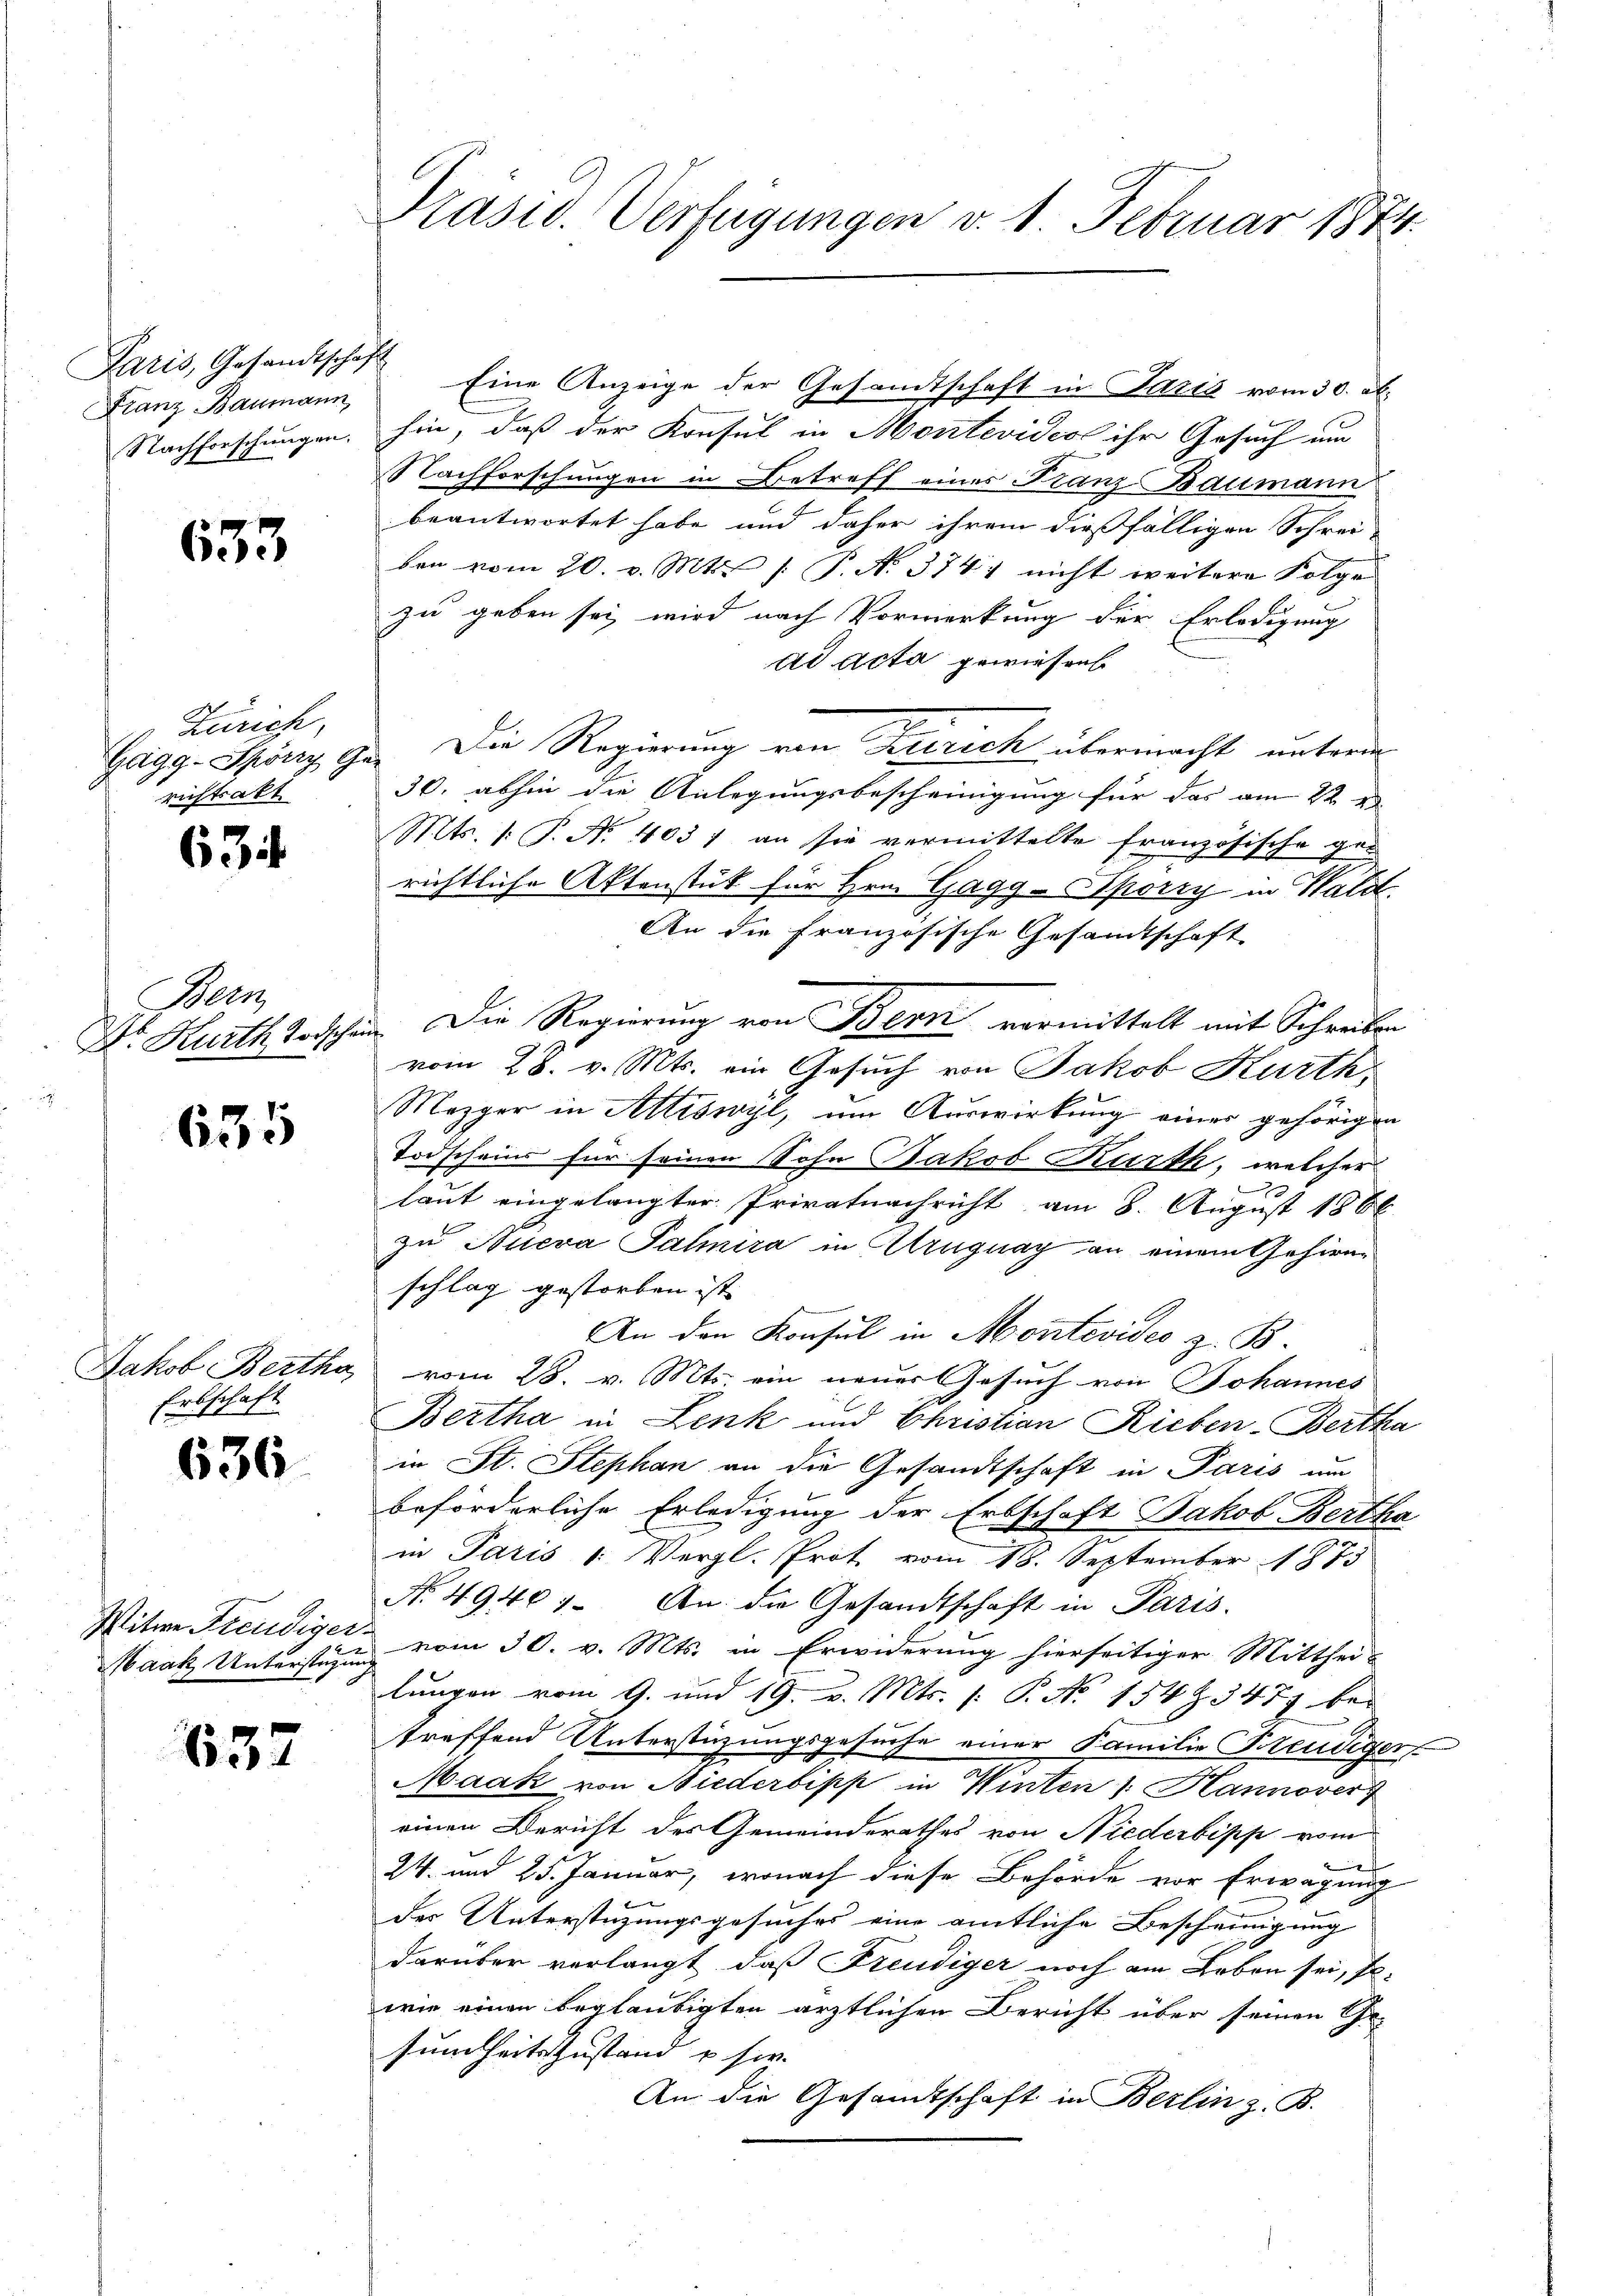
Paris, Gesandtschaft
Franz Baumann,

633

Zürich,
ristrakt

63

Beer

635

Jakob Bertha,
Erbschaft

636.

Witwe Freudiger
Maak Unterstüzung

637

Präsid. Verfügungen v. 1. Februar 1874.

Nachforschungen, hin, daß der Konsul in Montevideo ihr Gesuch um
Nachforschungen in Betreff eines Franz Baumann
beantwortet habe und daher ihrem dießfälligen Schrei-
ben vom 20. v. Mts. [ P. N. 374) nicht weitere Folge
zu geben sei wird nach Vormerkung der Erledigung
ad Acta gewiesen
Gagg-Spörry Ges. Die Regierung von Zürich übermacht unterm
30. abhin die Anlegungsbescheinigung für das am 22
Mts. /: P. Nr. 4031 an sie vermittelte französische ge-
richtliche Aktenstück für Hrn. Gagg-Sporry in Waldt
An die Französische Gesandtschaft
Dr. Kurth Todschen. Die Regierung von Bern vormittelt mit Schreiben
vom 28. v. Mts. ein Gesuch von Jakob Kurth
Mezger in Attiswyl, um Auswirkung einer gehörigen
Todscheins für seinen Sohn Jakob Karth, welcher
laut eingelangter Privatnachricht am 8. August 1866
zu Auera Palnira in Uruguay an einem Gehirnschlag gestorben ist.
An den Konsul in Montevideo z. B.
vom 28. v. Mts. ein neuer Gesuch von Johannes
Bertha in Lenk und Christian Rieben-Bertha
in St. Stephan an die Gesandtschaft in Paris um
beförderliche Erledigung der Erbschaft Jakob Bertha
in Paris 1. Vergl. Prot vom 18. September 1875
No. 49401. An die Gesandtschaft in Paris.
vom 30. v. Mts. in Erwiderung hierseitiger Mitthei-
lungen vom 9. und 19. v. Mts. (: P. Nr. 154 Z. 347 bei
treffend Unterstüzungsgesuche einer Familie Freudiger
Maak von Niederbipp in Winten /: Hannover
einen Bericht des Gemeinderathes von Niederbippe vom
24. und 25. Januar, wonach diese Behörde vor Erwägung
der Unterstüzungsgesuches eine amtliche Bescheinigung
darüber verlangt, daß Freudiger noch am Leben sei, s
wie einen beglaubigten ärztlichen Bericht über seinen Ge-
sundheitszustand u sie
An die Gesandtschaft in Berlin z. B.

Eine Anzeige der Gesamtschaft in Paris vom 30. ab.